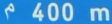
400 m